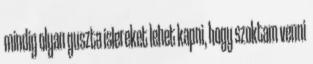
mindig olyan guszta islereket lehet kapni, hogy szoktam venni